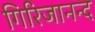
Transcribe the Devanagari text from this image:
गिरिजानन्द